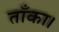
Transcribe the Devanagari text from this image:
ताँका।